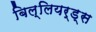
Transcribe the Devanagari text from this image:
बिल्लियर्ड्स